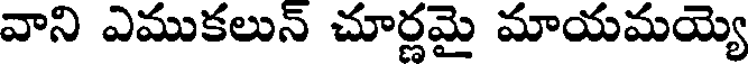
వాని ఎముకలున్ చూర్ణమై మాయమయ్యె